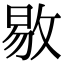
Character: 𫾻